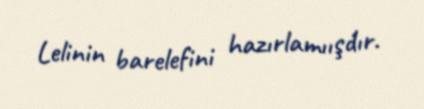
Lelinin barelefini hazırlamıışdır.